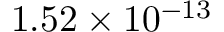
1 . 5 2 \times 1 0 ^ { - 1 3 }